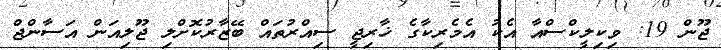
ޖޫން 19: ވިކިލީކްސްއާ އެކު އެމެރިކާގެ ޚާރިޖީ ސިއްރުތައް ބޭޒާރުކޮށްލި ޖޫލިއަން އަސާންޖް